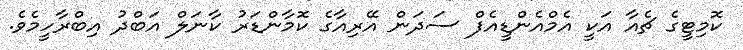
ކޮމިޓީގެ ޗެއާ އަކީ އެމްއެންޑީއެފް ސަދަން އޭރިއާގެ ކޮމާންޑަރު ކާނަލް އަބްދު އިބްރާހީމެވެ.